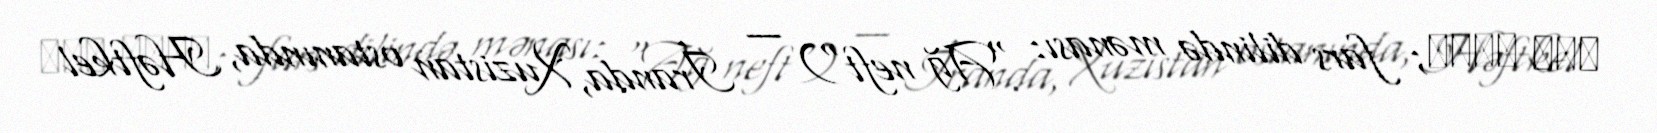
نفت سفيد; fars dilində mənası: "Ağ neft") — İranda, Xuzistan ostanında, Həftkel